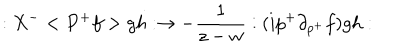
LaTeX: : X ^ { - } < P ^ { + } f > g h : \rightarrow - \frac 1 { z - w } : ( i p ^ { + } \partial _ { p ^ { + } } f ) g h :